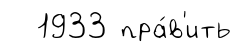
1933 пра́в'ить